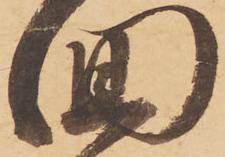
回